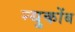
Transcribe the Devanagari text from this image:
न्युकोंब